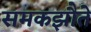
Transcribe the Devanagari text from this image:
समकझौते